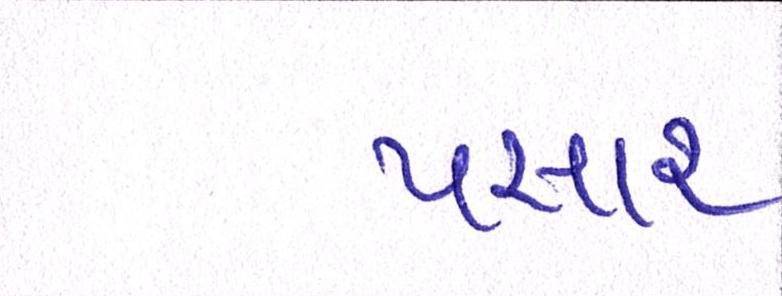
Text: પસાર